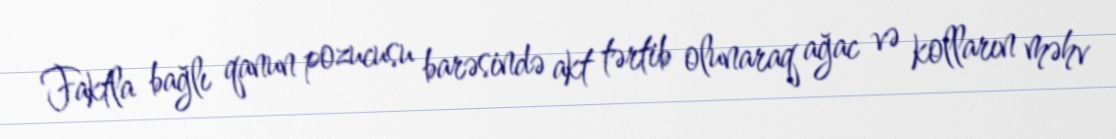
Faktla bağlı qanun pozucusu barəsində akt tərtib olunaraq ağac və kolların məhv